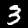
Label: 3